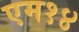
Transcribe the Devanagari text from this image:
एम१४